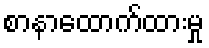
စာနာထောက်ထားမှု